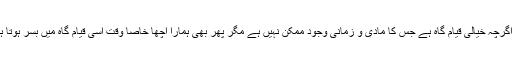
یہ اگرچہ خیالی قیام گاہ ہے جس کا مادی و زمانی وجود ممکن نہیں ہے مگر پھر بھی ہمارا اچھا خاصا وقت اسی قیام گاہ میں بسر ہوتا ہے۔